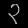
Digit: ၃